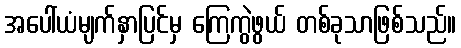
အပေါ်ယံမျက်နှာပြင်မှ ကြေကွဲဖွယ် တစ်ခုသာဖြစ်သည်။